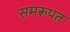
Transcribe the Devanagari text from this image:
समरूपत